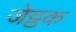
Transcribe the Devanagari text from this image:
जेट्ठक